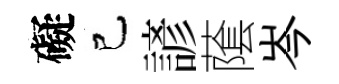
礙己諺䕃岑